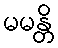
မမန္တိ